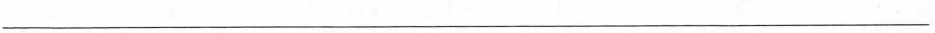
___